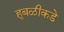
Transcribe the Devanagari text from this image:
हुबळीकडे